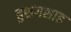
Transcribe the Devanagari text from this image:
हुशंगशाह